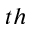
^ { t h }